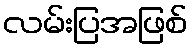
လမ်းပြအဖြစ်